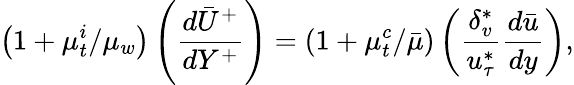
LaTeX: \left(1+\mu_{t}^{i}/\mu_{w}\right)\left(\frac{d\bar{U}^{+}}{dY^{+}}\right)=\left(1+\mu_{t}^{c}/\bar{\mu}\right)\left(\frac{\delta_{v}^{*}}{u_{\tau}^{*}}\frac{d\bar{u}}{dy}\right),